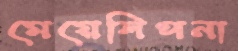
মেয়েলিপনা